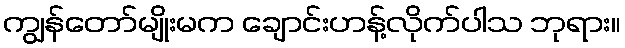
ကျွန်တော်မျိုးမက ချောင်းဟန့်လိုက်ပါသ ဘုရား။